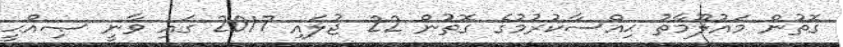
ގޮތުން މައުލޫމާތު ޙިއްސާކުރުމުގެ ގޮތުން 22 ޖުލައި 2017 ގައި ވާނީ ޞިއްޙީ